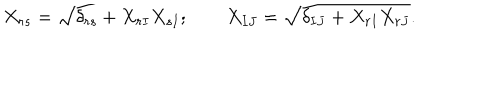
X _ { r s } = \sqrt { \delta _ { r s } + X _ { r I } X _ { s I } } ; \qquad X _ { I J } = \sqrt { \delta _ { I J } + X _ { r I } X _ { r J } } .